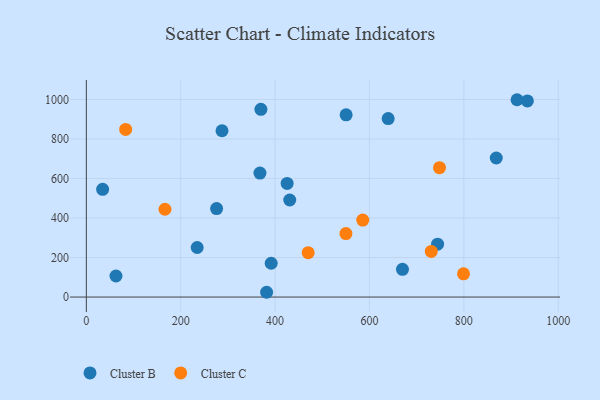
{"axis": {"x": "Study Hours", "y": "Fuel Efficiency"}, "legend": ["Cluster B", "Cluster C"], "data": [{"x": "34.5", "y": 545.3, "type": "Cluster B"}, {"x": "868.7", "y": 703.9, "type": "Cluster B"}, {"x": "912.7", "y": 998.9, "type": "Cluster B"}, {"x": "934.6", "y": 992.8, "type": "Cluster B"}, {"x": "550.5", "y": 922.5, "type": "Cluster B"}, {"x": "382.0", "y": 24.2, "type": "Cluster B"}, {"x": "276.0", "y": 447.9, "type": "Cluster B"}, {"x": "669.9", "y": 140.2, "type": "Cluster B"}, {"x": "425.5", "y": 575.2, "type": "Cluster B"}, {"x": "62.8", "y": 106.7, "type": "Cluster B"}, {"x": "287.5", "y": 841.8, "type": "Cluster B"}, {"x": "391.7", "y": 171.0, "type": "Cluster B"}, {"x": "431.0", "y": 491.2, "type": "Cluster B"}, {"x": "369.9", "y": 950.2, "type": "Cluster B"}, {"x": "367.9", "y": 627.7, "type": "Cluster B"}, {"x": "639.6", "y": 903.6, "type": "Cluster B"}, {"x": "234.9", "y": 250.8, "type": "Cluster B"}, {"x": "744.3", "y": 267.9, "type": "Cluster B"}, {"x": "730.9", "y": 230.8, "type": "Cluster C"}, {"x": "799.3", "y": 117.5, "type": "Cluster C"}, {"x": "550.1", "y": 321.5, "type": "Cluster C"}, {"x": "470.1", "y": 224.6, "type": "Cluster C"}, {"x": "748.4", "y": 655.1, "type": "Cluster C"}, {"x": "585.7", "y": 389.7, "type": "Cluster C"}, {"x": "83.3", "y": 848.5, "type": "Cluster C"}, {"x": "166.6", "y": 444.4, "type": "Cluster C"}]}